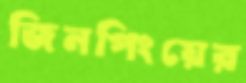
জিনপিংয়ের